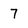
Character: 7